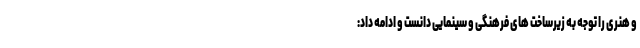
و هنری را توجه به زیرساخت های فرهنگی و سینمایی دانست و ادامه داد: